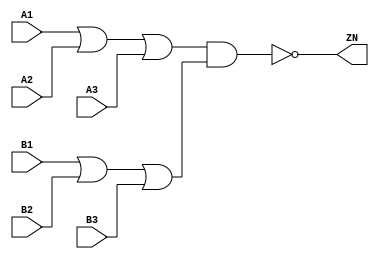
module OAI33_X1 (A1, A2, A3, B1, B2, B3, ZN);
  input A1;
  input A2;
  input A3;
  input B1;
  input B2;
  input B3;
  output ZN;
  not(ZN, i_20);
  and(i_20, i_21, i_23);
  or(i_21, i_22, A3);
  or(i_22, A1, A2);
  or(i_23, i_24, B3);
  or(i_24, B1, B2);
  specify
    if((A2 == 1'b0) && (A3 == 1'b0) && (B1 == 1'b0) && (B2 == 1'b0) && (B3 == 1'b1)) (A1 => ZN) = (0.1, 0.1);
    if((A2 == 1'b0) && (A3 == 1'b0) && (B1 == 1'b0) && (B2 == 1'b1) && (B3 == 1'b0)) (A1 => ZN) = (0.1, 0.1);
    if((A2 == 1'b0) && (A3 == 1'b0) && (B1 == 1'b0) && (B2 == 1'b1) && (B3 == 1'b1)) (A1 => ZN) = (0.1, 0.1);
    if((A2 == 1'b0) && (A3 == 1'b0) && (B1 == 1'b1) && (B2 == 1'b0) && (B3 == 1'b0)) (A1 => ZN) = (0.1, 0.1);
    if((A2 == 1'b0) && (A3 == 1'b0) && (B1 == 1'b1) && (B2 == 1'b0) && (B3 == 1'b1)) (A1 => ZN) = (0.1, 0.1);
    if((A2 == 1'b0) && (A3 == 1'b0) && (B1 == 1'b1) && (B2 == 1'b1) && (B3 == 1'b0)) (A1 => ZN) = (0.1, 0.1);
    if((A2 == 1'b0) && (A3 == 1'b0) && (B1 == 1'b1) && (B2 == 1'b1) && (B3 == 1'b1)) (A1 => ZN) = (0.1, 0.1);
    if((A1 == 1'b0) && (A3 == 1'b0) && (B1 == 1'b0) && (B2 == 1'b0) && (B3 == 1'b1)) (A2 => ZN) = (0.1, 0.1);
    if((A1 == 1'b0) && (A3 == 1'b0) && (B1 == 1'b0) && (B2 == 1'b1) && (B3 == 1'b0)) (A2 => ZN) = (0.1, 0.1);
    if((A1 == 1'b0) && (A3 == 1'b0) && (B1 == 1'b0) && (B2 == 1'b1) && (B3 == 1'b1)) (A2 => ZN) = (0.1, 0.1);
    if((A1 == 1'b0) && (A3 == 1'b0) && (B1 == 1'b1) && (B2 == 1'b0) && (B3 == 1'b0)) (A2 => ZN) = (0.1, 0.1);
    if((A1 == 1'b0) && (A3 == 1'b0) && (B1 == 1'b1) && (B2 == 1'b0) && (B3 == 1'b1)) (A2 => ZN) = (0.1, 0.1);
    if((A1 == 1'b0) && (A3 == 1'b0) && (B1 == 1'b1) && (B2 == 1'b1) && (B3 == 1'b0)) (A2 => ZN) = (0.1, 0.1);
    if((A1 == 1'b0) && (A3 == 1'b0) && (B1 == 1'b1) && (B2 == 1'b1) && (B3 == 1'b1)) (A2 => ZN) = (0.1, 0.1);
    if((A1 == 1'b0) && (A2 == 1'b0) && (B1 == 1'b0) && (B2 == 1'b0) && (B3 == 1'b1)) (A3 => ZN) = (0.1, 0.1);
    if((A1 == 1'b0) && (A2 == 1'b0) && (B1 == 1'b0) && (B2 == 1'b1) && (B3 == 1'b0)) (A3 => ZN) = (0.1, 0.1);
    if((A1 == 1'b0) && (A2 == 1'b0) && (B1 == 1'b0) && (B2 == 1'b1) && (B3 == 1'b1)) (A3 => ZN) = (0.1, 0.1);
    if((A1 == 1'b0) && (A2 == 1'b0) && (B1 == 1'b1) && (B2 == 1'b0) && (B3 == 1'b0)) (A3 => ZN) = (0.1, 0.1);
    if((A1 == 1'b0) && (A2 == 1'b0) && (B1 == 1'b1) && (B2 == 1'b0) && (B3 == 1'b1)) (A3 => ZN) = (0.1, 0.1);
    if((A1 == 1'b0) && (A2 == 1'b0) && (B1 == 1'b1) && (B2 == 1'b1) && (B3 == 1'b0)) (A3 => ZN) = (0.1, 0.1);
    if((A1 == 1'b0) && (A2 == 1'b0) && (B1 == 1'b1) && (B2 == 1'b1) && (B3 == 1'b1)) (A3 => ZN) = (0.1, 0.1);
    if((A1 == 1'b0) && (A2 == 1'b0) && (A3 == 1'b1) && (B2 == 1'b0) && (B3 == 1'b0)) (B1 => ZN) = (0.1, 0.1);
    if((A1 == 1'b0) && (A2 == 1'b1) && (A3 == 1'b0) && (B2 == 1'b0) && (B3 == 1'b0)) (B1 => ZN) = (0.1, 0.1);
    if((A1 == 1'b0) && (A2 == 1'b1) && (A3 == 1'b1) && (B2 == 1'b0) && (B3 == 1'b0)) (B1 => ZN) = (0.1, 0.1);
    if((A1 == 1'b1) && (A2 == 1'b0) && (A3 == 1'b0) && (B2 == 1'b0) && (B3 == 1'b0)) (B1 => ZN) = (0.1, 0.1);
    if((A1 == 1'b1) && (A2 == 1'b0) && (A3 == 1'b1) && (B2 == 1'b0) && (B3 == 1'b0)) (B1 => ZN) = (0.1, 0.1);
    if((A1 == 1'b1) && (A2 == 1'b1) && (A3 == 1'b0) && (B2 == 1'b0) && (B3 == 1'b0)) (B1 => ZN) = (0.1, 0.1);
    if((A1 == 1'b1) && (A2 == 1'b1) && (A3 == 1'b1) && (B2 == 1'b0) && (B3 == 1'b0)) (B1 => ZN) = (0.1, 0.1);
    if((A1 == 1'b0) && (A2 == 1'b0) && (A3 == 1'b1) && (B1 == 1'b0) && (B3 == 1'b0)) (B2 => ZN) = (0.1, 0.1);
    if((A1 == 1'b0) && (A2 == 1'b1) && (A3 == 1'b0) && (B1 == 1'b0) && (B3 == 1'b0)) (B2 => ZN) = (0.1, 0.1);
    if((A1 == 1'b0) && (A2 == 1'b1) && (A3 == 1'b1) && (B1 == 1'b0) && (B3 == 1'b0)) (B2 => ZN) = (0.1, 0.1);
    if((A1 == 1'b1) && (A2 == 1'b0) && (A3 == 1'b0) && (B1 == 1'b0) && (B3 == 1'b0)) (B2 => ZN) = (0.1, 0.1);
    if((A1 == 1'b1) && (A2 == 1'b0) && (A3 == 1'b1) && (B1 == 1'b0) && (B3 == 1'b0)) (B2 => ZN) = (0.1, 0.1);
    if((A1 == 1'b1) && (A2 == 1'b1) && (A3 == 1'b0) && (B1 == 1'b0) && (B3 == 1'b0)) (B2 => ZN) = (0.1, 0.1);
    if((A1 == 1'b1) && (A2 == 1'b1) && (A3 == 1'b1) && (B1 == 1'b0) && (B3 == 1'b0)) (B2 => ZN) = (0.1, 0.1);
    if((A1 == 1'b0) && (A2 == 1'b0) && (A3 == 1'b1) && (B1 == 1'b0) && (B2 == 1'b0)) (B3 => ZN) = (0.1, 0.1);
    if((A1 == 1'b0) && (A2 == 1'b1) && (A3 == 1'b0) && (B1 == 1'b0) && (B2 == 1'b0)) (B3 => ZN) = (0.1, 0.1);
    if((A1 == 1'b0) && (A2 == 1'b1) && (A3 == 1'b1) && (B1 == 1'b0) && (B2 == 1'b0)) (B3 => ZN) = (0.1, 0.1);
    if((A1 == 1'b1) && (A2 == 1'b0) && (A3 == 1'b0) && (B1 == 1'b0) && (B2 == 1'b0)) (B3 => ZN) = (0.1, 0.1);
    if((A1 == 1'b1) && (A2 == 1'b0) && (A3 == 1'b1) && (B1 == 1'b0) && (B2 == 1'b0)) (B3 => ZN) = (0.1, 0.1);
    if((A1 == 1'b1) && (A2 == 1'b1) && (A3 == 1'b0) && (B1 == 1'b0) && (B2 == 1'b0)) (B3 => ZN) = (0.1, 0.1);
    if((A1 == 1'b1) && (A2 == 1'b1) && (A3 == 1'b1) && (B1 == 1'b0) && (B2 == 1'b0)) (B3 => ZN) = (0.1, 0.1);
  endspecify
endmodule